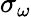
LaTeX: \sigma_{\omega}